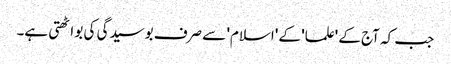
جب کہ آج کے 'علما' کے 'اسلام' سے صرف بوسیدگی کی بو اٹھتی ہے۔